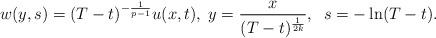
LaTeX: \begin{align*} w(y,s)=(T-t)^{-\frac{1}{p-1}}u(x,t),\;y=\frac{x}{(T-t)^{\frac{1}{2k}}},\;\; s=-\ln (T-t).\end{align*}